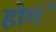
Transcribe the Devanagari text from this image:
होगंें